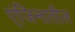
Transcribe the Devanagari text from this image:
एंजिनातील